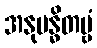
အနုဗန္ဓိတဗ္ဗံ